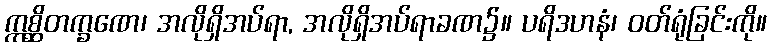
ဣစ္ဆိတက္ခဏေ၊ အလိုရှိအပ်ရာ, အလိုရှိအပ်ရာခဏ၌။ ပရိဒဟနံ၊ ဝတ်ရုံခြင်းကို။